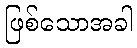
ဖြစ်သောအခါ